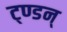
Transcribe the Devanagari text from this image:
ट्ण्डन्